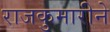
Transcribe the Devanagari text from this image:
राजकुमारीने